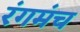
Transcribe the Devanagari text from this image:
रंगमंच